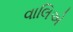
વાલિએ